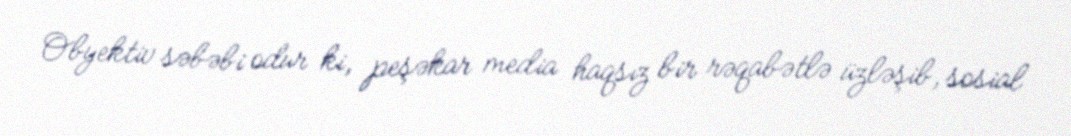
Obyektiv səbəbi odur ki, peşəkar media haqsız bir rəqabətlə üzləşib, sosial